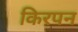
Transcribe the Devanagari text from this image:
किरपन